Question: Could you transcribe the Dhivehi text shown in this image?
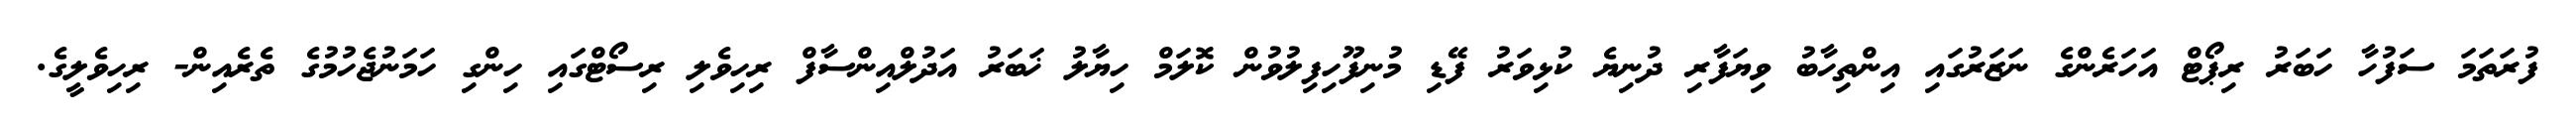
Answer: ފުރަތަމަ ސަފުހާ ހަބަރު ރިޕޯޓް އަހަރެންގެ ނަޒަރުގައި އިންތިހާބު ވިޔަފާރި ދުނިޔެ ކުޅިވަރު ފޭޑި މުނިފޫހިފިލުވުން ކޮލަމް ހިޔާލު ޚަބަރު އަދުލްއިންސާފް ރިހިވެލި ރިސޯޓްގައި ހިންގި ހަމަނުޖެހުމުގެ ތެރެއިން- ރިހިވެލީގެ.